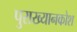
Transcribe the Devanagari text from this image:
पुराख्यानकोश